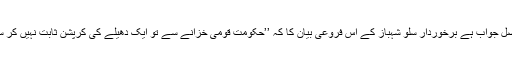
یہی اصل جواب ہے برخوردار سلو شہباز کے اس فروعی بیان کا کہ ’’حکومت قومی خزانے سے تو ایک دھیلے کی کرپشن ثابت نہیں کر سکی‘‘۔